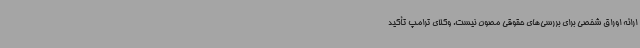
ارائه اوراق شخصی برای بررسی‌های حقوقی مصون نیست. وکلای ترامپ تأکید